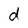
Character: d